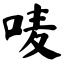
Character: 唛